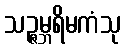
သဉ္ဇမ္ဘရိမကံသု